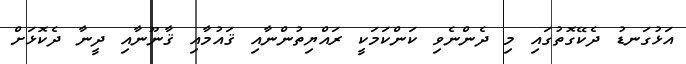
އަޅުގަނޑު ދެކޭގޮތުގައި މި ދެންނެވި ކަންކަމަކީ ރައްޔިތުންނާއި ޤައުމާއި ޤާނޫނާއި ދީނާ ދެކޮޅަށް